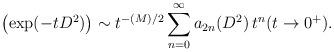
LaTeX: \begin{align*} \left ( \exp ( -t D^2 )\right ) \sim t^{- (M)/2} \sum_{n=0}^\infty a_{2n}(D^2)\, t^n ({t \to 0^+}). \end{align*}